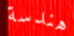
هندسة